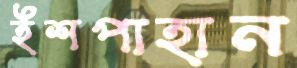
ইশপাহান